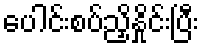
ပေါင်းစပ်ညှိနှိုင်းပြီး